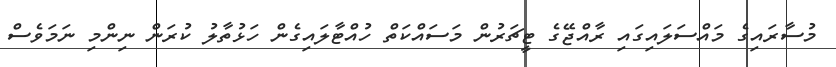
މުސާރައިގެ މައްސަލައިގައި ރާއްޖޭގެ ޓީޗަރުން މަސައްކަތް ހުއްޓާލައިގެން ހަޅުތާލު ކުރަން ނިންމި ނަމަވެސް